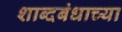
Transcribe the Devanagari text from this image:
शाब्दबंधाच्या